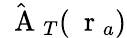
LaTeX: \hat{\mathrm{~\mathbf~A~}}_{T}(\mathrm{~\mathbf~r~}_{a})